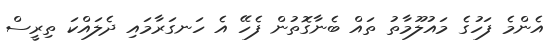
އެންމެ ފަހުގެ މައުލޫމާތު ތައް ބެނާގޮތުން ފެހޭ އެ ހަނގަރާމައި ދެލައްކަ ތިރީސް